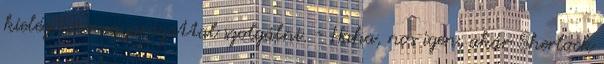
kielégítő magyarázattal szolgálni. - Haha, nos igen, akár Sherlock